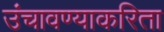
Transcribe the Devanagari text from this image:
उंचावण्याकरिता